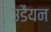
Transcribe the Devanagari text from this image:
उडैयन